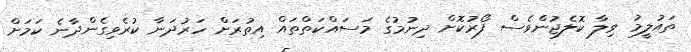
ތައުލީމު ވިލާ ކޮލެޖުންވެސް ފޯރުކޮށް ދިނުމުގެ މަސައްކަތްތައް އިތުރަށް ހަރުދަނާ ކުރެވިގެންދާނެ ކަމަށް